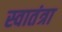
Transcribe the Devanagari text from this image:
स्वातंत्रा